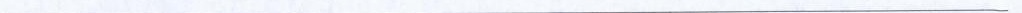
_______________________________________